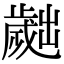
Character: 𣦧